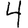
Digit: 4